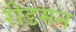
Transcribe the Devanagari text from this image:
रीडमन